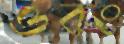
ওবং